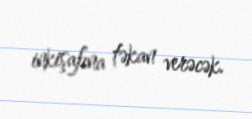
inkişafına təkan verəcək.